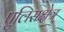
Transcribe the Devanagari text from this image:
पुलिसक्षेत्र